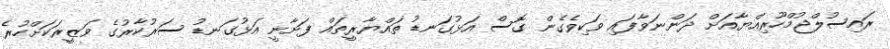
ރައިސުލްޖުމްހޫރިއްޔާއަށް ދަންނަވާފައި ވަކިވެގެން ގޮސް އަޅުގަނޑު ތައްޔާރީތައް ފަށާނީ އަޅުގަނޑު ސަރުކާރުގެ ވަޒީރަކަށްހުރެ